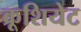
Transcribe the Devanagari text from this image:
क्रूशियेट